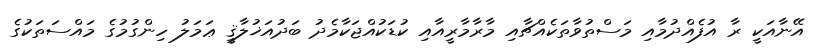
އޭނާއަކީ ރާ އުފެއްދުމާއި މަސްތުވާތަކެއްޗާއި މާރާމާރީއާއި ކުޑަކުއްޖަކާމެދު ބަދުއަޚުލާޤީ ޢަމަލު ހިންގުމުގެ މައްސަތަކުގެ